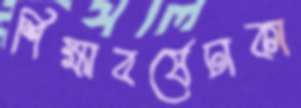
শিক্ষাবর্ষেঢাকা